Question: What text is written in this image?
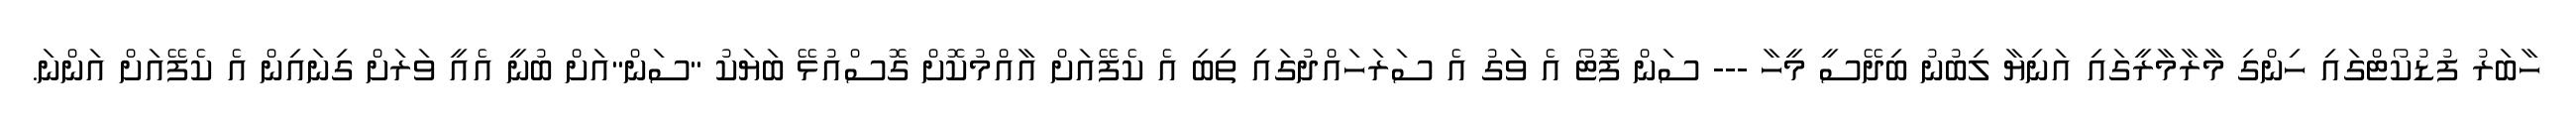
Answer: ހާބަރު ފުޑުކޯޓްގައި ހިންގި މާރާމާރީގައި އަނިޔާ ލިބުނު ބިދޭސީ މީހާ --- ސަން ފޮޓޯ އެ ވަގު އެ ސަރަހައްދުގައި ތިބި އެ ކެފޭއަށް އާއްމުކޮށް ގޮސްއުޅޭ ބަޔަކު "ސަން"އަށް ބުނީ އެއީ ވަރަށް ގިނައިން އެ ކެފޭއަށް އަންނަ.